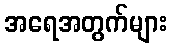
အရေအတွက်များ